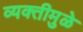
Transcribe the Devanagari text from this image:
व्यक्तीमुळे